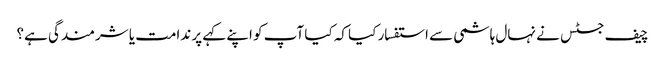
چیف جسٹس نے نہال ہاشمی سے استفسار کیا کہ کیا آپ کو اپنے کہے پر ندامت یا شرمندگی ہے؟